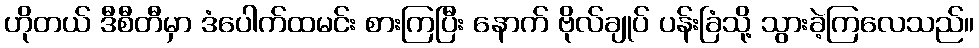
ဟိုတယ် ဒီစီတီမှာ ဒံပေါက်ထမင်း စားကြပြီး နောက် ဗိုလ်ချုပ် ပန်းခြံသို့ သွားခဲ့ကြလေသည်။